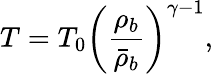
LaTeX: T=T_{0}\left(\frac{\rho_{b}}{\bar{\rho}_{b}}\right)^{\gamma-1},